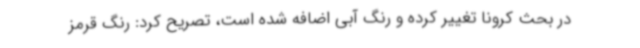
در بحث کرونا تغییر کرده و رنگ آبی اضافه شده است، تصریح کرد: رنگ قرمز